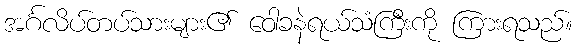
အင်္ဂလိပ်တပ်သားများ၏ ဝေါခနဲရယ်သံကြီးကို ကြားရသည်။